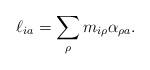
LaTeX: \begin{align*}\ell_{ia} = \sum_\rho m_{i \rho}\alpha_{\rho a}.\end{align*}